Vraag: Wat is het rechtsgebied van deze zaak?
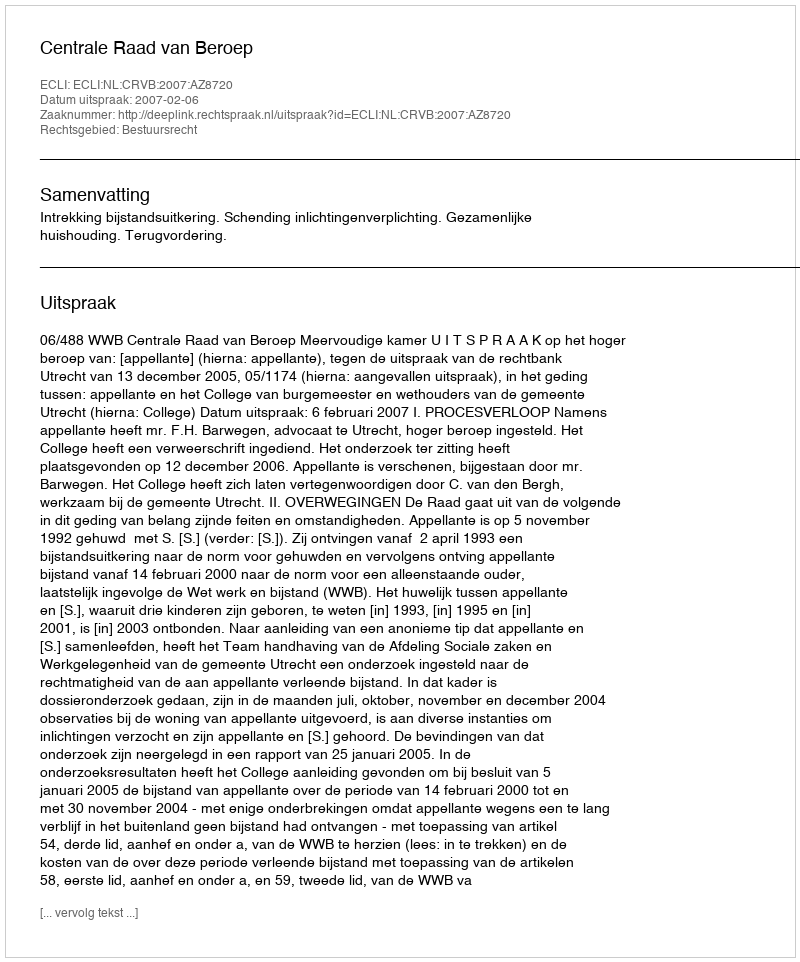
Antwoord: Bestuursrecht